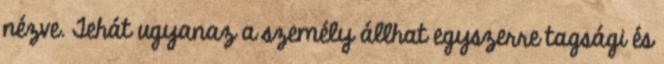
nézve. Tehát ugyanaz a személy állhat egyszerre tagsági és